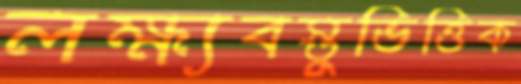
লক্ষ্যবস্তুভিত্তিক